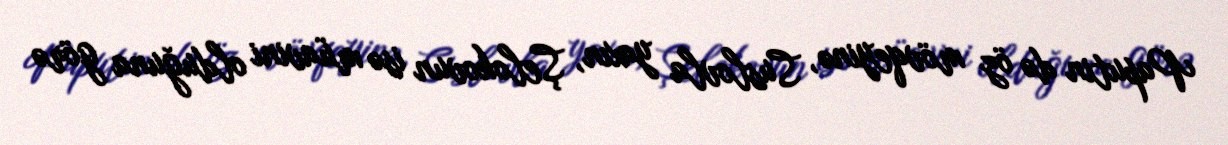
Paputin də öz mövqeyinə, Suslovla yaxın, Şelokovun isə müavini olduğuna görə